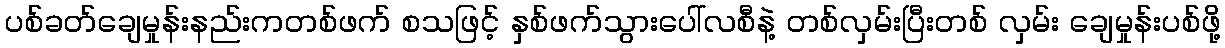
ပစ်ခတ်ချေမှုန်းနည်းကတစ်ဖက် စသဖြင့် နှစ်ဖက်သွားပေါ်လစီနဲ့ တစ်လှမ်းပြီးတစ် လှမ်း ချေမှုန်းပစ်ဖို့